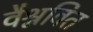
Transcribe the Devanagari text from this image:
वैश्नवित